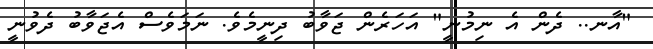
"އާނ.. ދެން އެ ނިމުނީ" އަހަރެން ޖަވާބު ދިނީމެވެ. ނަމަވެސް އެޖަވާބު ދެވުނީ